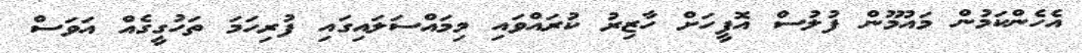
އެހެންކަމުން މައުމޫން ފުލުސް އޮފީހަށް ހާޒިރު ކުރައްވައި މިމައްސަލައިގައި ފުރިހަމަ ތަހުގީގެއް އަވަސް